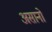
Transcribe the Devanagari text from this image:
असानो